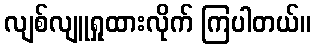
လျစ်လျူရှုထားလိုက် ကြပါတယ်။